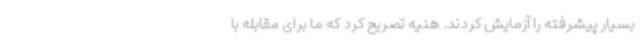
بسیار پیشرفته را آزمایش کردند. هنیه تصریح کرد که ما برای مقابله با